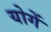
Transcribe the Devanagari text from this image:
योगें